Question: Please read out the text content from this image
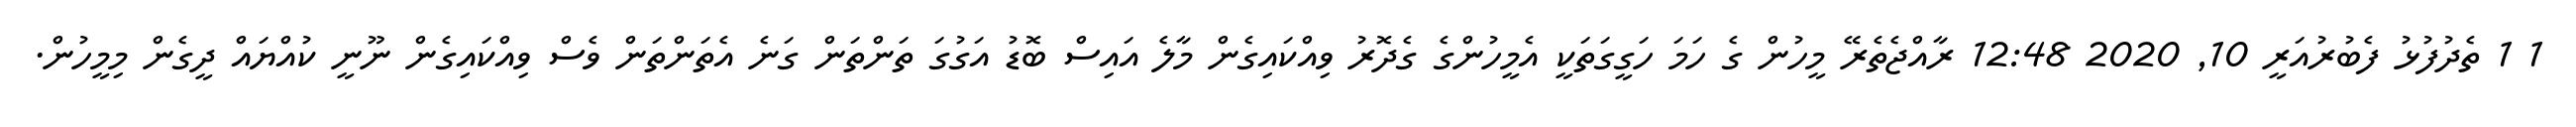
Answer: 1 1 ތެދުފުޅު ފެބުރުއަރީ 10, 2020 12:48 ރާއްޖެތެރޭ މީހުން ގެ ހަމަ ހަގީގަތަކީ އެމީހުންގެ ގެދޮރު ވިއްކައިގެން މާލެ އައިސް ބޮޑު އަގުގަ ތަންތަން ގަނެ އެތަންތަން ވެސް ވިއްކައިގެން ނޫނީ ކުއްޔައް ދީގެން މިމީހުން.